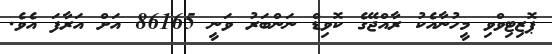
ޕޮޒިޓިވްވި މީހުނާއެކު ރާއްޖޭގެ ކޮވިޑް ނަންބަރު ވަނީ 86165 އަށް އަރާފަ އެވެ.